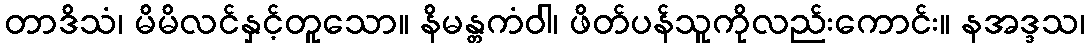
တာဒိသံ၊ မိမိလင်နှင့်တူသော။ နိမန္တကံဝါ၊ ဖိတ်ပန်သူကိုလည်းကောင်း။ နအဒ္ဒသ၊